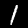
Label: 1